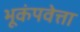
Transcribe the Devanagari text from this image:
भूकंपवेत्ता